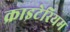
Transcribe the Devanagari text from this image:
क्राइटेरियम